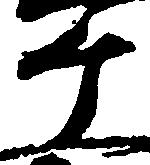
ヶ